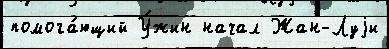
помога́ющий У́жин начал Жан-Луjи